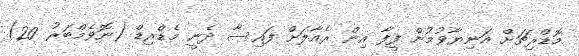
މޮޑްރިޗަށް އަނިޔާވުމުން ފީފާ އިން ރެއާލަށް ފައިސާ ދެނީ މެޑްރިޑް (ނޮވެމްބަރު 20)